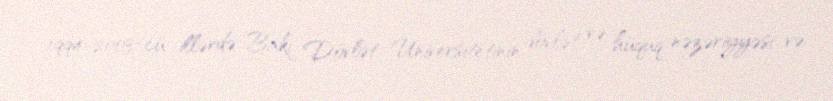
1994-2003-cü illərdə Bakı Dövlət Universitetinin dövlət və hüquq nəzəriyyəsi və